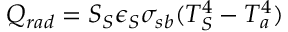
Q _ { r a d } = S _ { S } \epsilon _ { S } \sigma _ { s b } ( T _ { S } ^ { 4 } - T _ { a } ^ { 4 } )